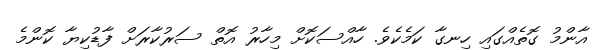
އާންމު ގޮތެއްގައި ހިނގާ ކަމެކެވެ. ހާއްސަކޮށް މިހާރު އޮތް ސަރުކާރަށް ފާޑުކިޔާ ކޮންމެ